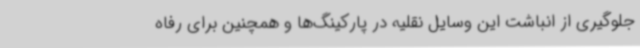
جلوگیری از انباشت این وسایل نقلیه در پارکینگ‌ها و همچنین برای رفاه